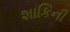
શાકિની